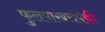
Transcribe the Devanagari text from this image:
फुलपाखरांपैकी